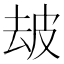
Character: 𤿜